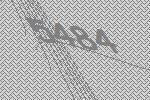
5484